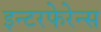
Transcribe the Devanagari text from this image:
इन्टरफेरेन्स